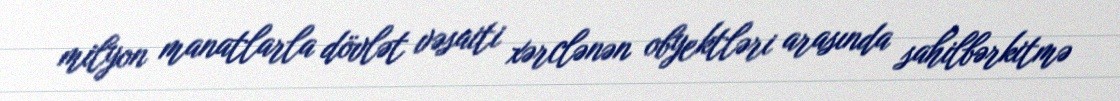
milyon manatlarla dövlət vəsaiti xərclənən obyektləri arasında sahilbərkitmə